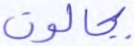
بجالوت